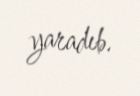
yaradıb.